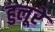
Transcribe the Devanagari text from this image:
हुलूरे